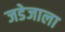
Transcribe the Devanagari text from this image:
जडेजाला